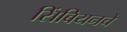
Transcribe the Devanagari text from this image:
सिंबियनचे